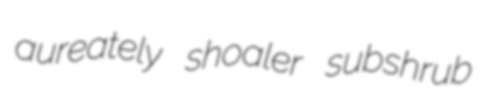
aureately shoaler subshrub